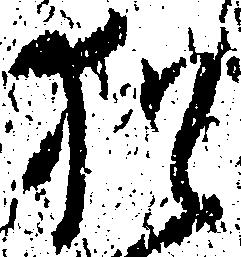
猶